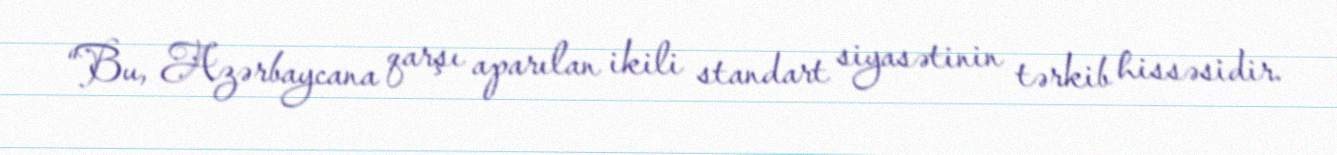
“Bu, Azərbaycana qarşı aparılan ikili standart siyasətinin tərkib hissəsidir.